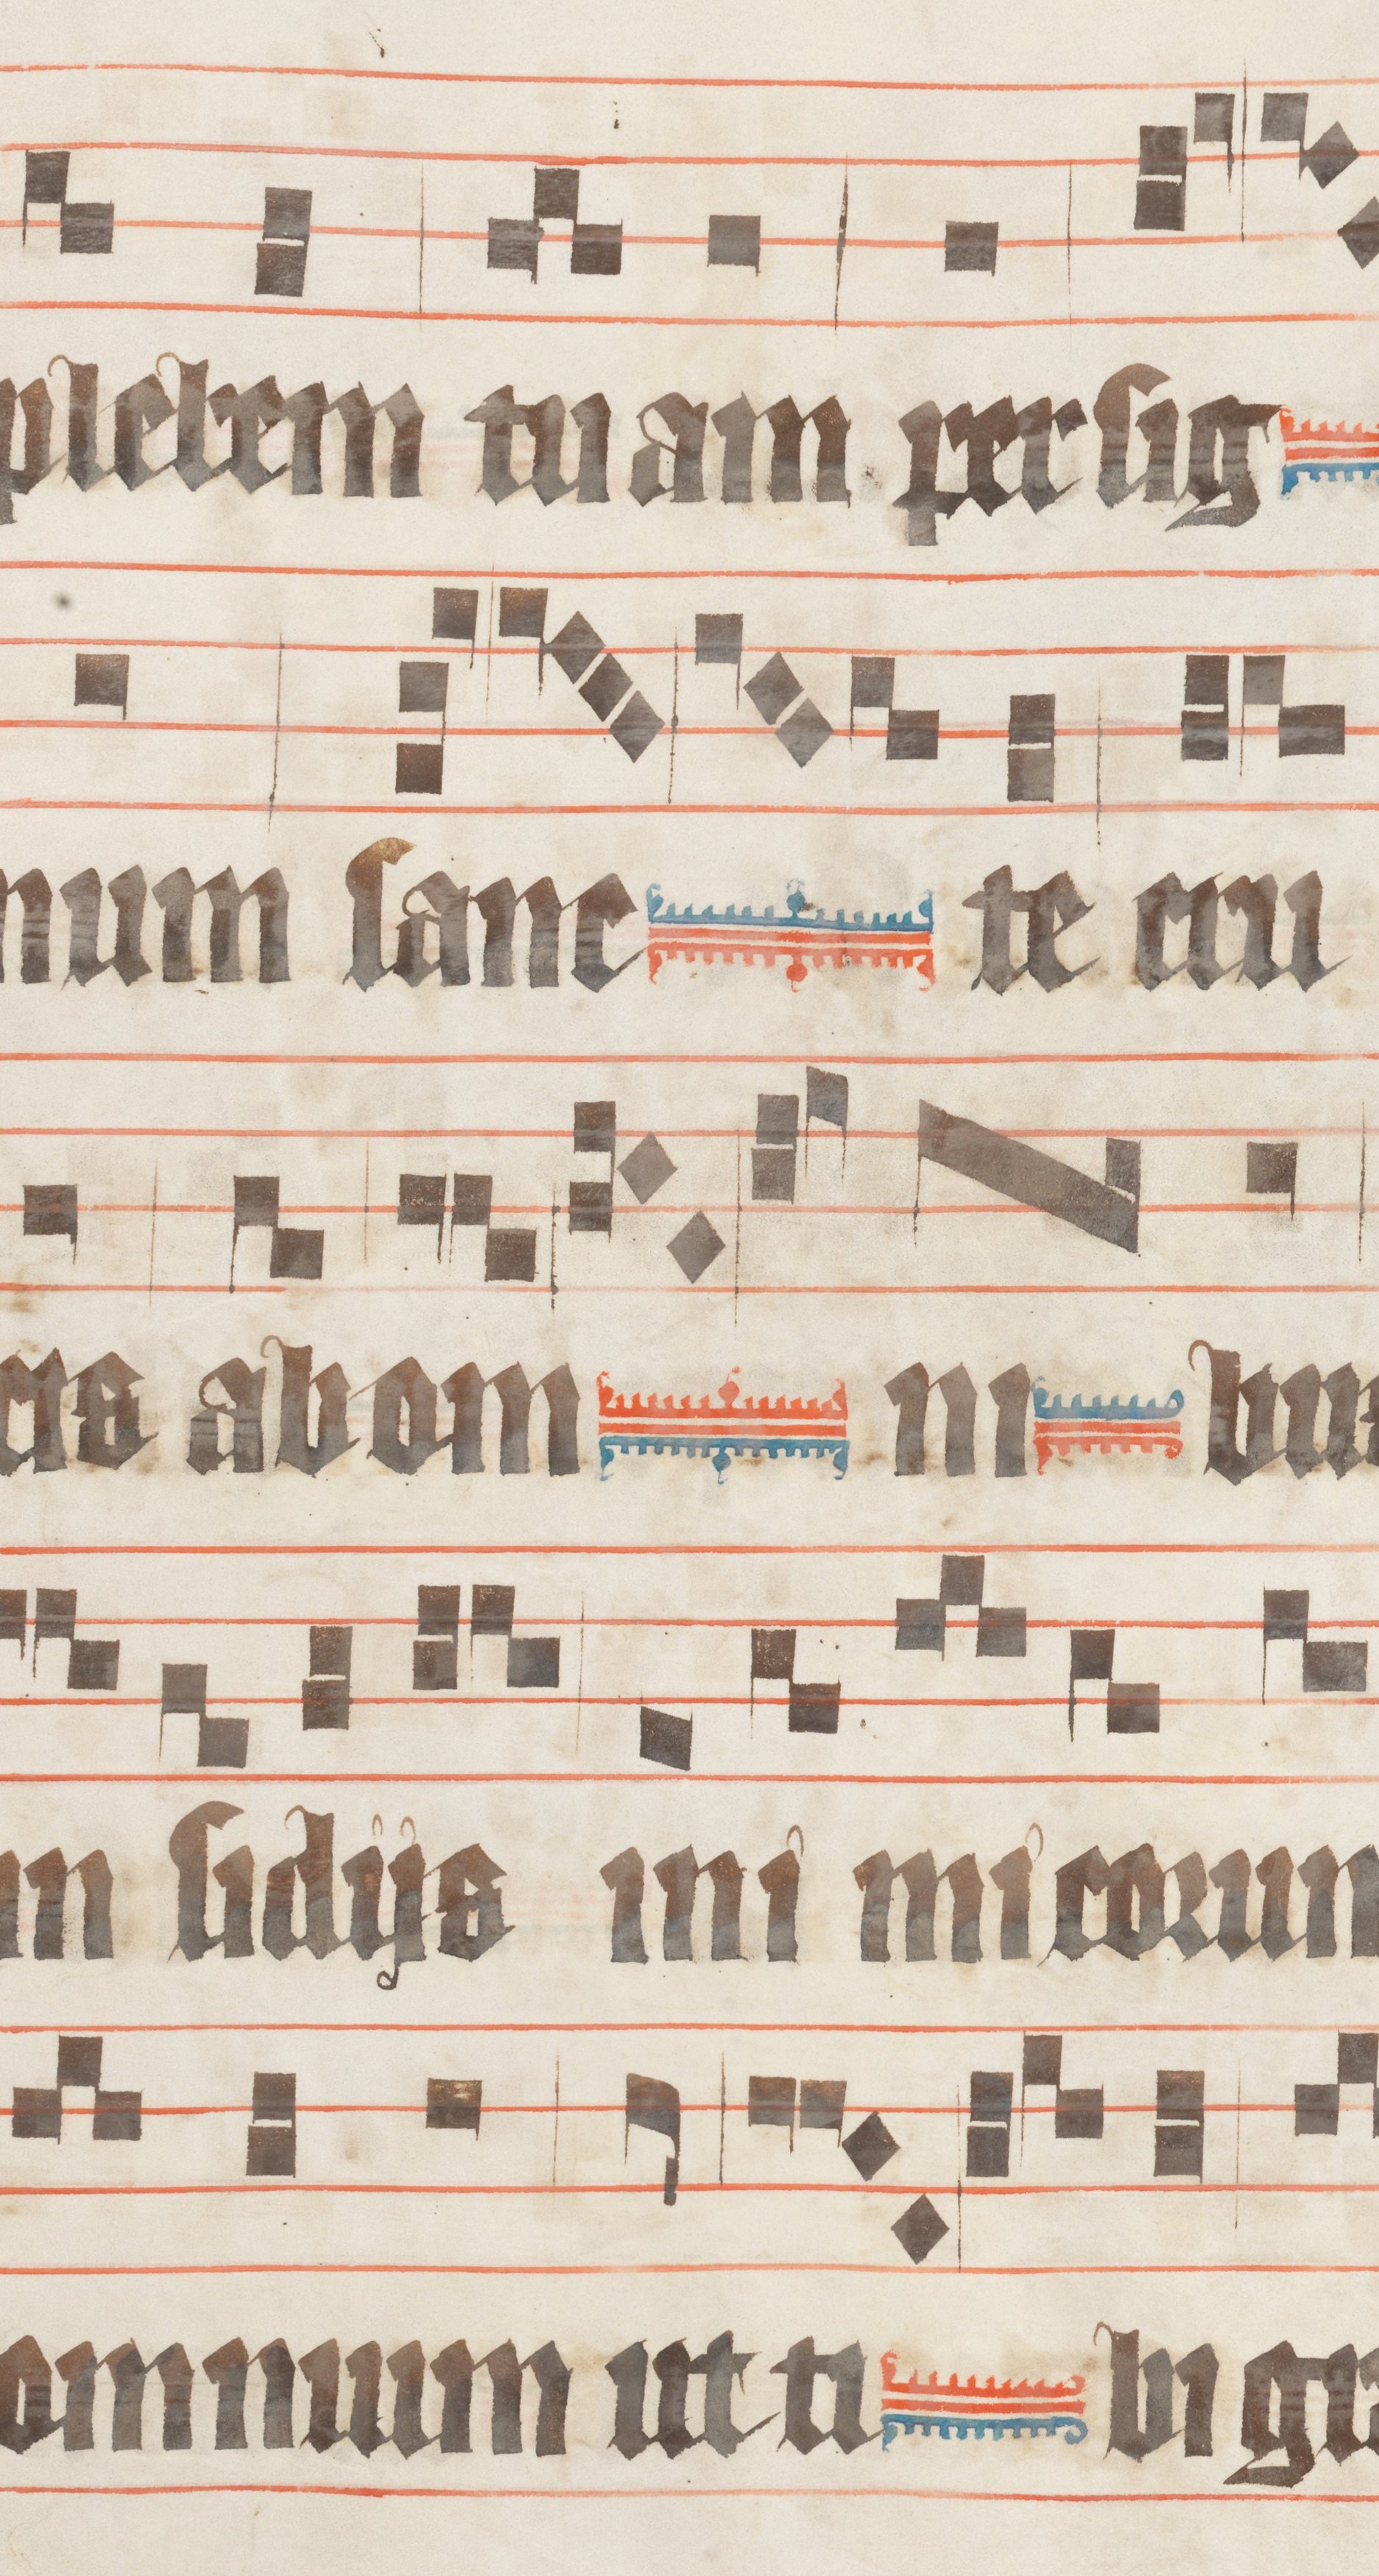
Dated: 1330–1335